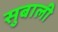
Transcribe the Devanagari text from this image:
सुबाली